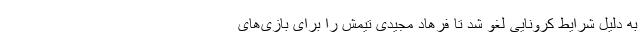
به دلیل شرایط کرونایی لغو شد تا فرهاد مجیدی تیمش را برای بازی‌های